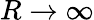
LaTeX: R\to\infty